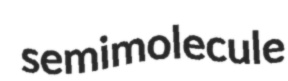
semimolecule